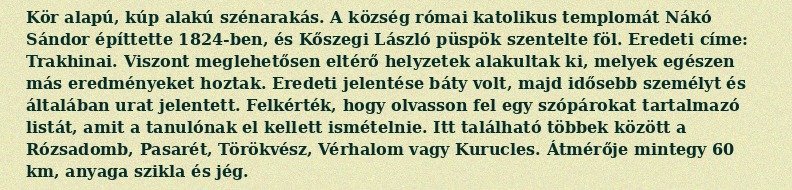
Kör alapú, kúp alakú szénarakás. A község római katolikus templomát Nákó Sándor építtette 1824-ben, és Kőszegi László püspök szentelte föl. Eredeti címe: Trakhinai. Viszont meglehetősen eltérő helyzetek alakultak ki, melyek egészen más eredményeket hoztak. Eredeti jelentése báty volt, majd idősebb személyt és általában urat jelentett. Felkérték, hogy olvasson fel egy szópárokat tartalmazó listát, amit a tanulónak el kellett ismételnie. Itt található többek között a Rózsadomb, Pasarét, Törökvész, Vérhalom vagy Kurucles. Átmérője mintegy 60 km, anyaga szikla és jég.